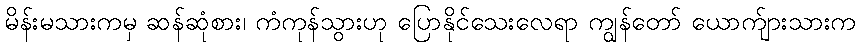
မိန်းမသားကမှ ဆန်ဆုံစား၊ ကံကုန်သွားဟု ပြောနိုင်သေးလေရာ ကျွန်တော် ယောက်ျားသားက